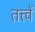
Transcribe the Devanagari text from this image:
तत्त्वें